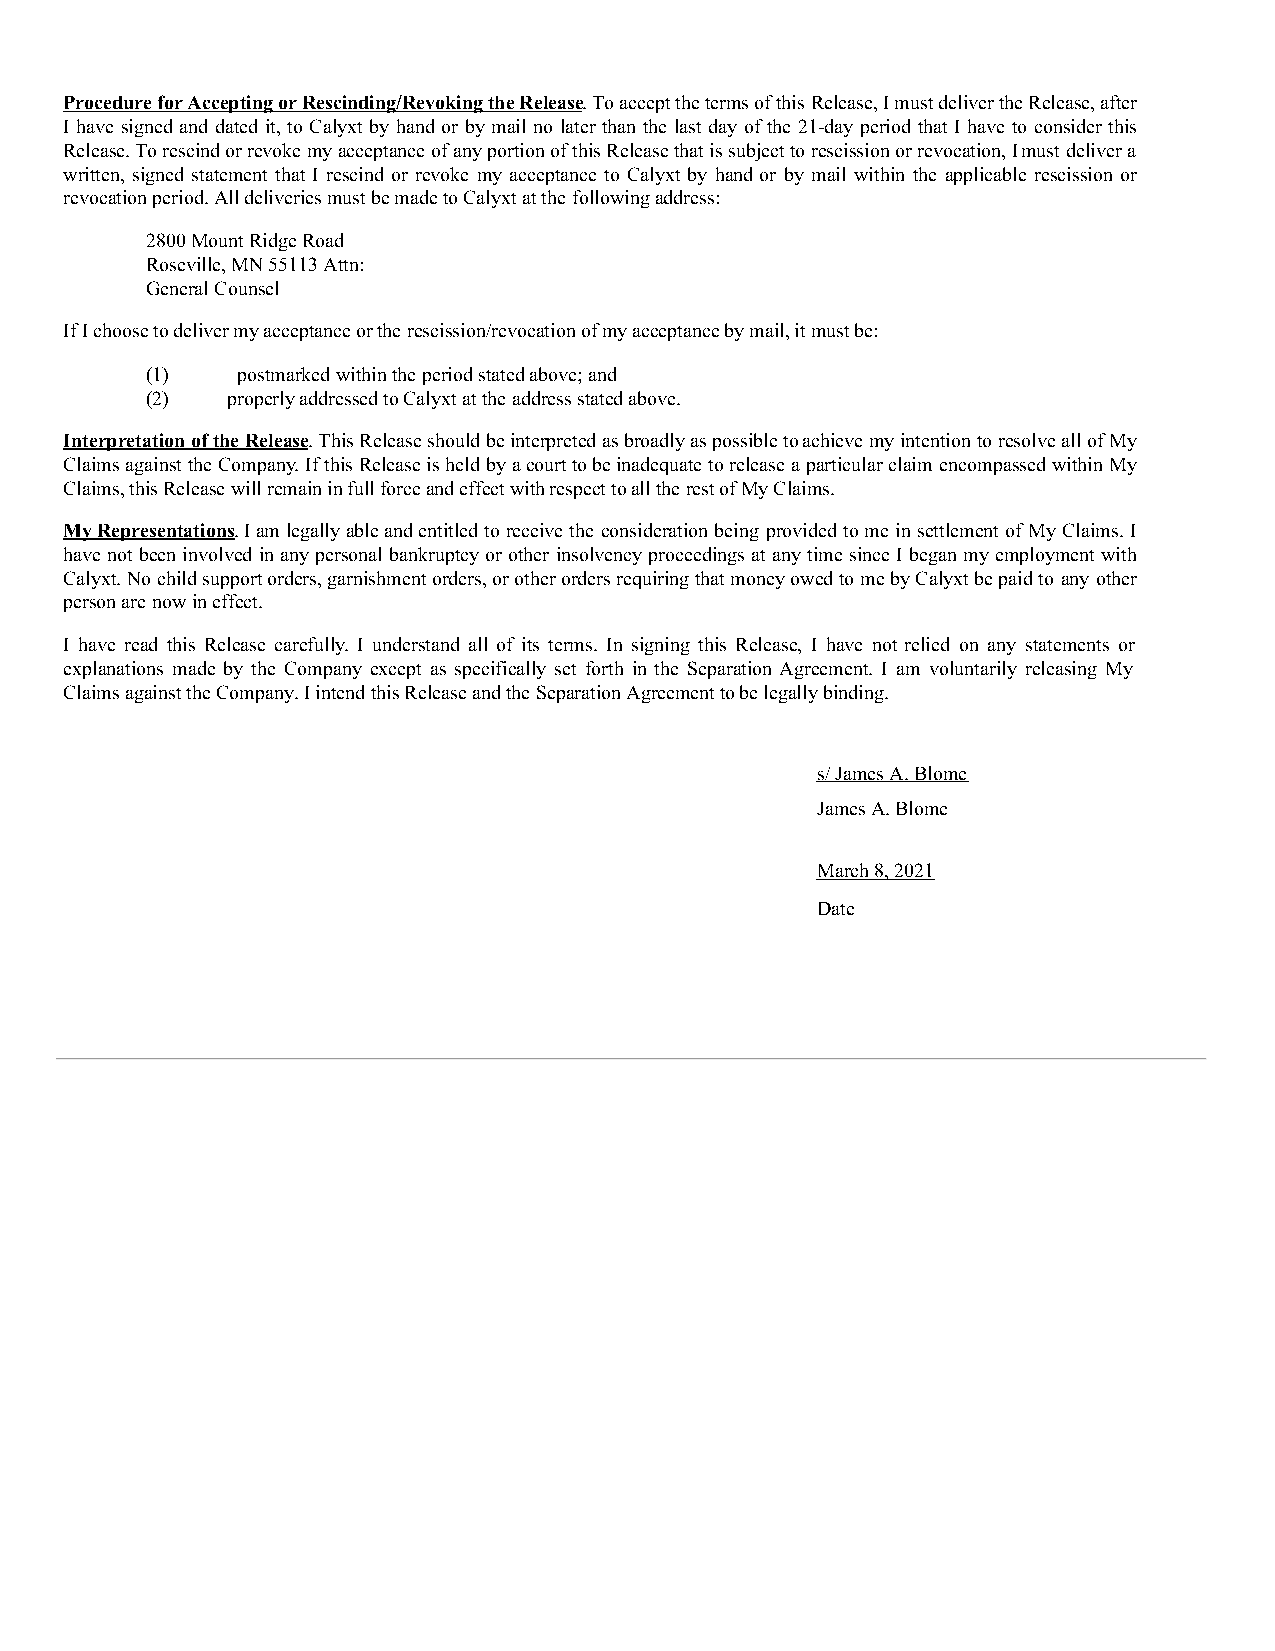
Procedure for Accepting or Rescinding/Revoking the Release. To accept the terms of this Release, I must deliver the Release, after
 I have signed and dated it, to Calyxt by hand or by mail no later than the last day of the 21-day period that I have to consider this
 Release. To rescind or revoke my acceptance of any portion of this Release that is subject to rescission or revocation, I must deliver a
 written, signed statement that I rescind or revoke my acceptance to Calyxt by hand or by mail within the applicable rescission or
 revocation period. All deliveries must be made to Calyxt at the following address:
 2800 Mount Ridge Road
 Roseville, MN 55113 Attn:
 General Counsel
 If I choose to deliver my acceptance or the rescission/revocation of my acceptance by mail, it must be:
 (1)   postmarked within the period stated above; and
 (2)  properly addressed to Calyxt at the address stated above.
 Interpretation of the Release. This Release should be interpreted as broadly as possible to achieve my intention to resolve all of My
 Claims against the Company. If this Release is held by a court to be inadequate to release a particular claim encompassed within My
 Claims, this Release will remain in full force and effect with respect to all the rest of My Claims.
 My Representations. I am legally able and entitled to receive the consideration being provided to me in settlement of My Claims. I
 have not been involved in any personal bankruptcy or other insolvency proceedings at any time since I began my employment with
 Calyxt. No child support orders, garnishment orders, or other orders requiring that money owed to me by Calyxt be paid to any other
 person are now in effect.
 I have read this Release carefully. I understand all of its terms. In signing this Release, I have not relied on any statements or
 explanations made by the Company except as specifically set forth in the Separation Agreement. I am voluntarily releasing My
 Claims against the Company. I intend this Release and the Separation Agreement to be legally binding.
 s/ James A. Blome
 James A. Blome
 March 8, 2021
 Date